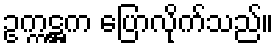
ဥက္ကဋ္ဌက ပြောလိုက်သည်။